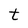
Character: t